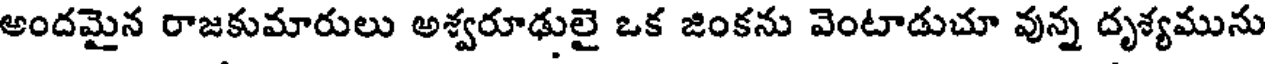
అందమైన రాజకుమారులు అశ్వరూఢులై ఒక జింకను వెంటాడుచూ వున్న దృశ్యమును